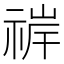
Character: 𬓀